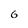
Character: 6